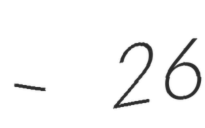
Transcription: – 26